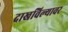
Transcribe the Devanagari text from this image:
दाखविल्यावर